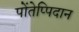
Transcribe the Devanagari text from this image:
पोंतेप्पिदान